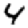
Digit: 4